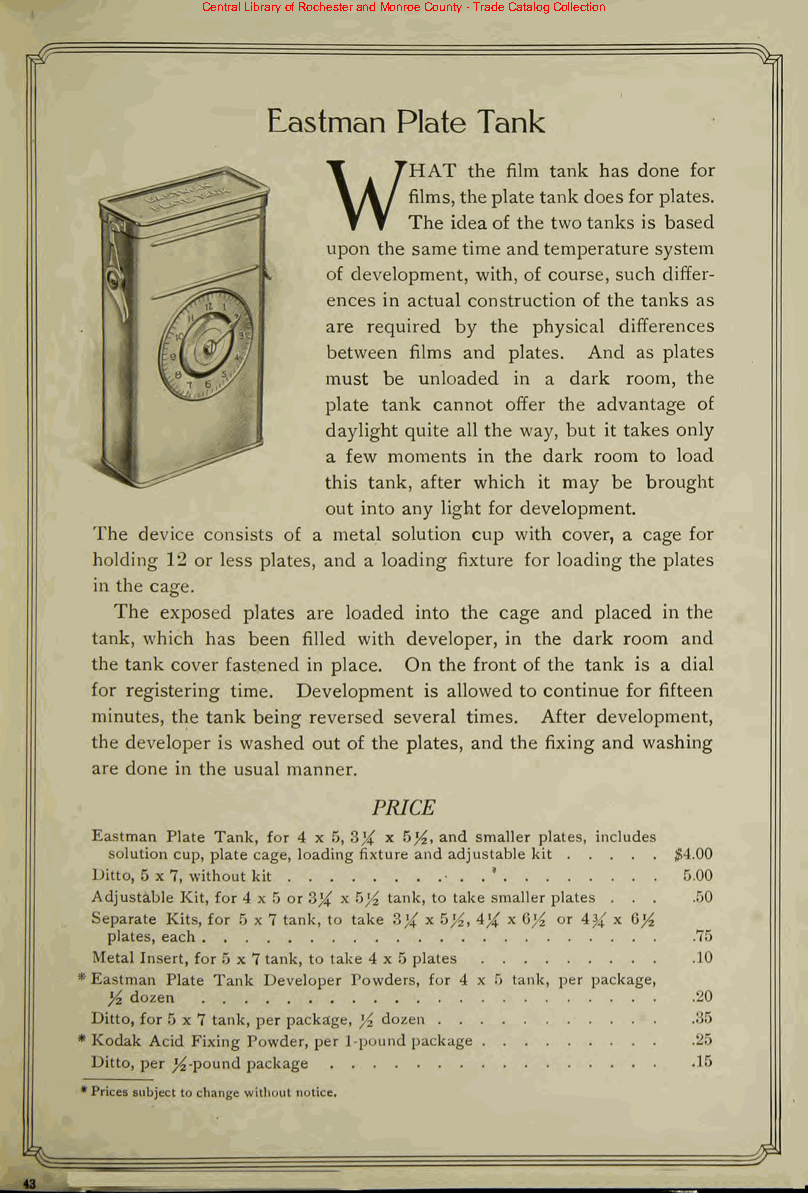
Central Library of Rochester and Monroe County - Trade Catalog Collection
 Eastman Plate Tank
 'HAT the film tank has done for
 W:
 films,theplatetank doesforplates.
 The ideaof the twotanks is based
 upon the same time andtemperature system
 of development, with, of course, such differ
 ences in actual construction of the tanks as
 are required by the physical differences
 between films and plates. And as plates
 must be unloaded in a dark room, the
 plate tank cannot offer the advantage of
 daylight quite all the way, but it takes only
 a few moments in the dark room to load
 this tank, after which it may be brought
 out into any light for development.
 The device consists of a metal solution cup with cover, a cage for
 holding 12 or less plates, and a loading fixture for loading the plates
 in the cage.
 The exposed plates are loaded into the cage and placed in the
 tank, which has been filled with developer, in the dark room and
 the tank cover fastened in place. On the front of the tank is a dial
 for registering time. Development is allowed to continue for fifteen
 minutes, the tank being reversed several times. After development,
 the developer is washed out of the plates, and the fixing and washing
 are done in the usual manner.
 PRICE
 Eastman Plate Tank, for 4 x 5, 3^ x 5^, and smaller plates, includes
 solutioncup, plate cage, loadingfixture and adjustable kit #4.00
 Ditto, 5 x7, without kit
 . .
 *           5.00
 Adjustable Kit, for4 x 5 or3# x 6}4 tank, to take smallerplates . . . .50
 Separate Kits, for 5x7 tank, to take 3^ x 5^. 4% * ^A or A}( x G}4
 plates, each                           .75
 Metal Insert, for 5 x 7tank, to take 4x5 plates 10
 *Eastman Plate Tank Developer Powders, for 4 x 5 tank, per package,
 Yz dozen                               20
 Ditto, for5 x 7 tank, perpackage, yi dozen 35
 * Kodak Acid Fixing Powder, per 1-pound package .25
 Ditto, per ^-pound package              15
 *Pricessubjecttochangewithoutnotice.